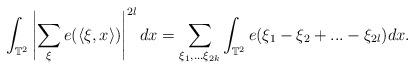
LaTeX: \begin{align*}\int_{\mathbb{T}^2}\left|\sum_{ \xi} e(\langle\xi,x\rangle)\right|^{2l} dx= \sum_{\xi_1,...\xi_{2k}}\int_{\mathbb{T}^2}e(\xi_1-\xi_2+...-\xi_{2l})dx. \end{align*}